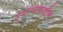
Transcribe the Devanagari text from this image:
त्यांचाकडील